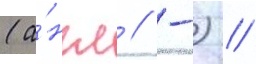
(а́нгл // -) //